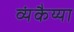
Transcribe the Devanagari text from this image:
व्यंकैय्या